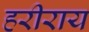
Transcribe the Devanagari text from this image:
हरीराय